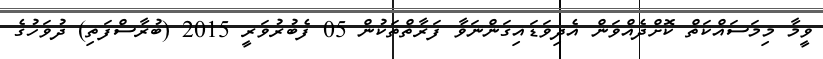
ވީމާ މިމަސައްކަތް ކޮށްދެއްވަން އެދިވަޑައިގަންނަވާ ފަރާތްތަކުން 05 ފެބުރުވަރީ 2015 (ބުރާސްފަތި) ދުވަހުގެ